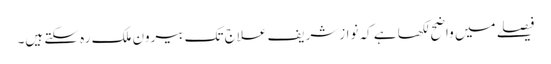
فیصلے میں واضح لکھا ہے کہ نوازشریف علاج تک بیرون ملک رہ سکتے ہیں۔